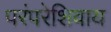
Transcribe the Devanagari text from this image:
परंपरेशिवाय